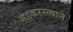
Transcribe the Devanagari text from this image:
सडकरस्त्याने